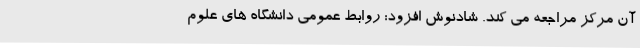
آن مرکز مراجعه می کند. شادنوش افزود: روابط عمومی دانشگاه های علوم